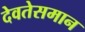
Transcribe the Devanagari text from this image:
देवतेसमान